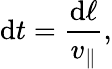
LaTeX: \mathrm{d}t=\frac{\mathrm{d}\ell}{v_{\parallel}},